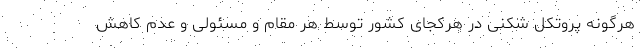
هرگونه پروتکل شکنی در هرکجای کشور توسط هر مقام و مسئولی و عدم کاهش